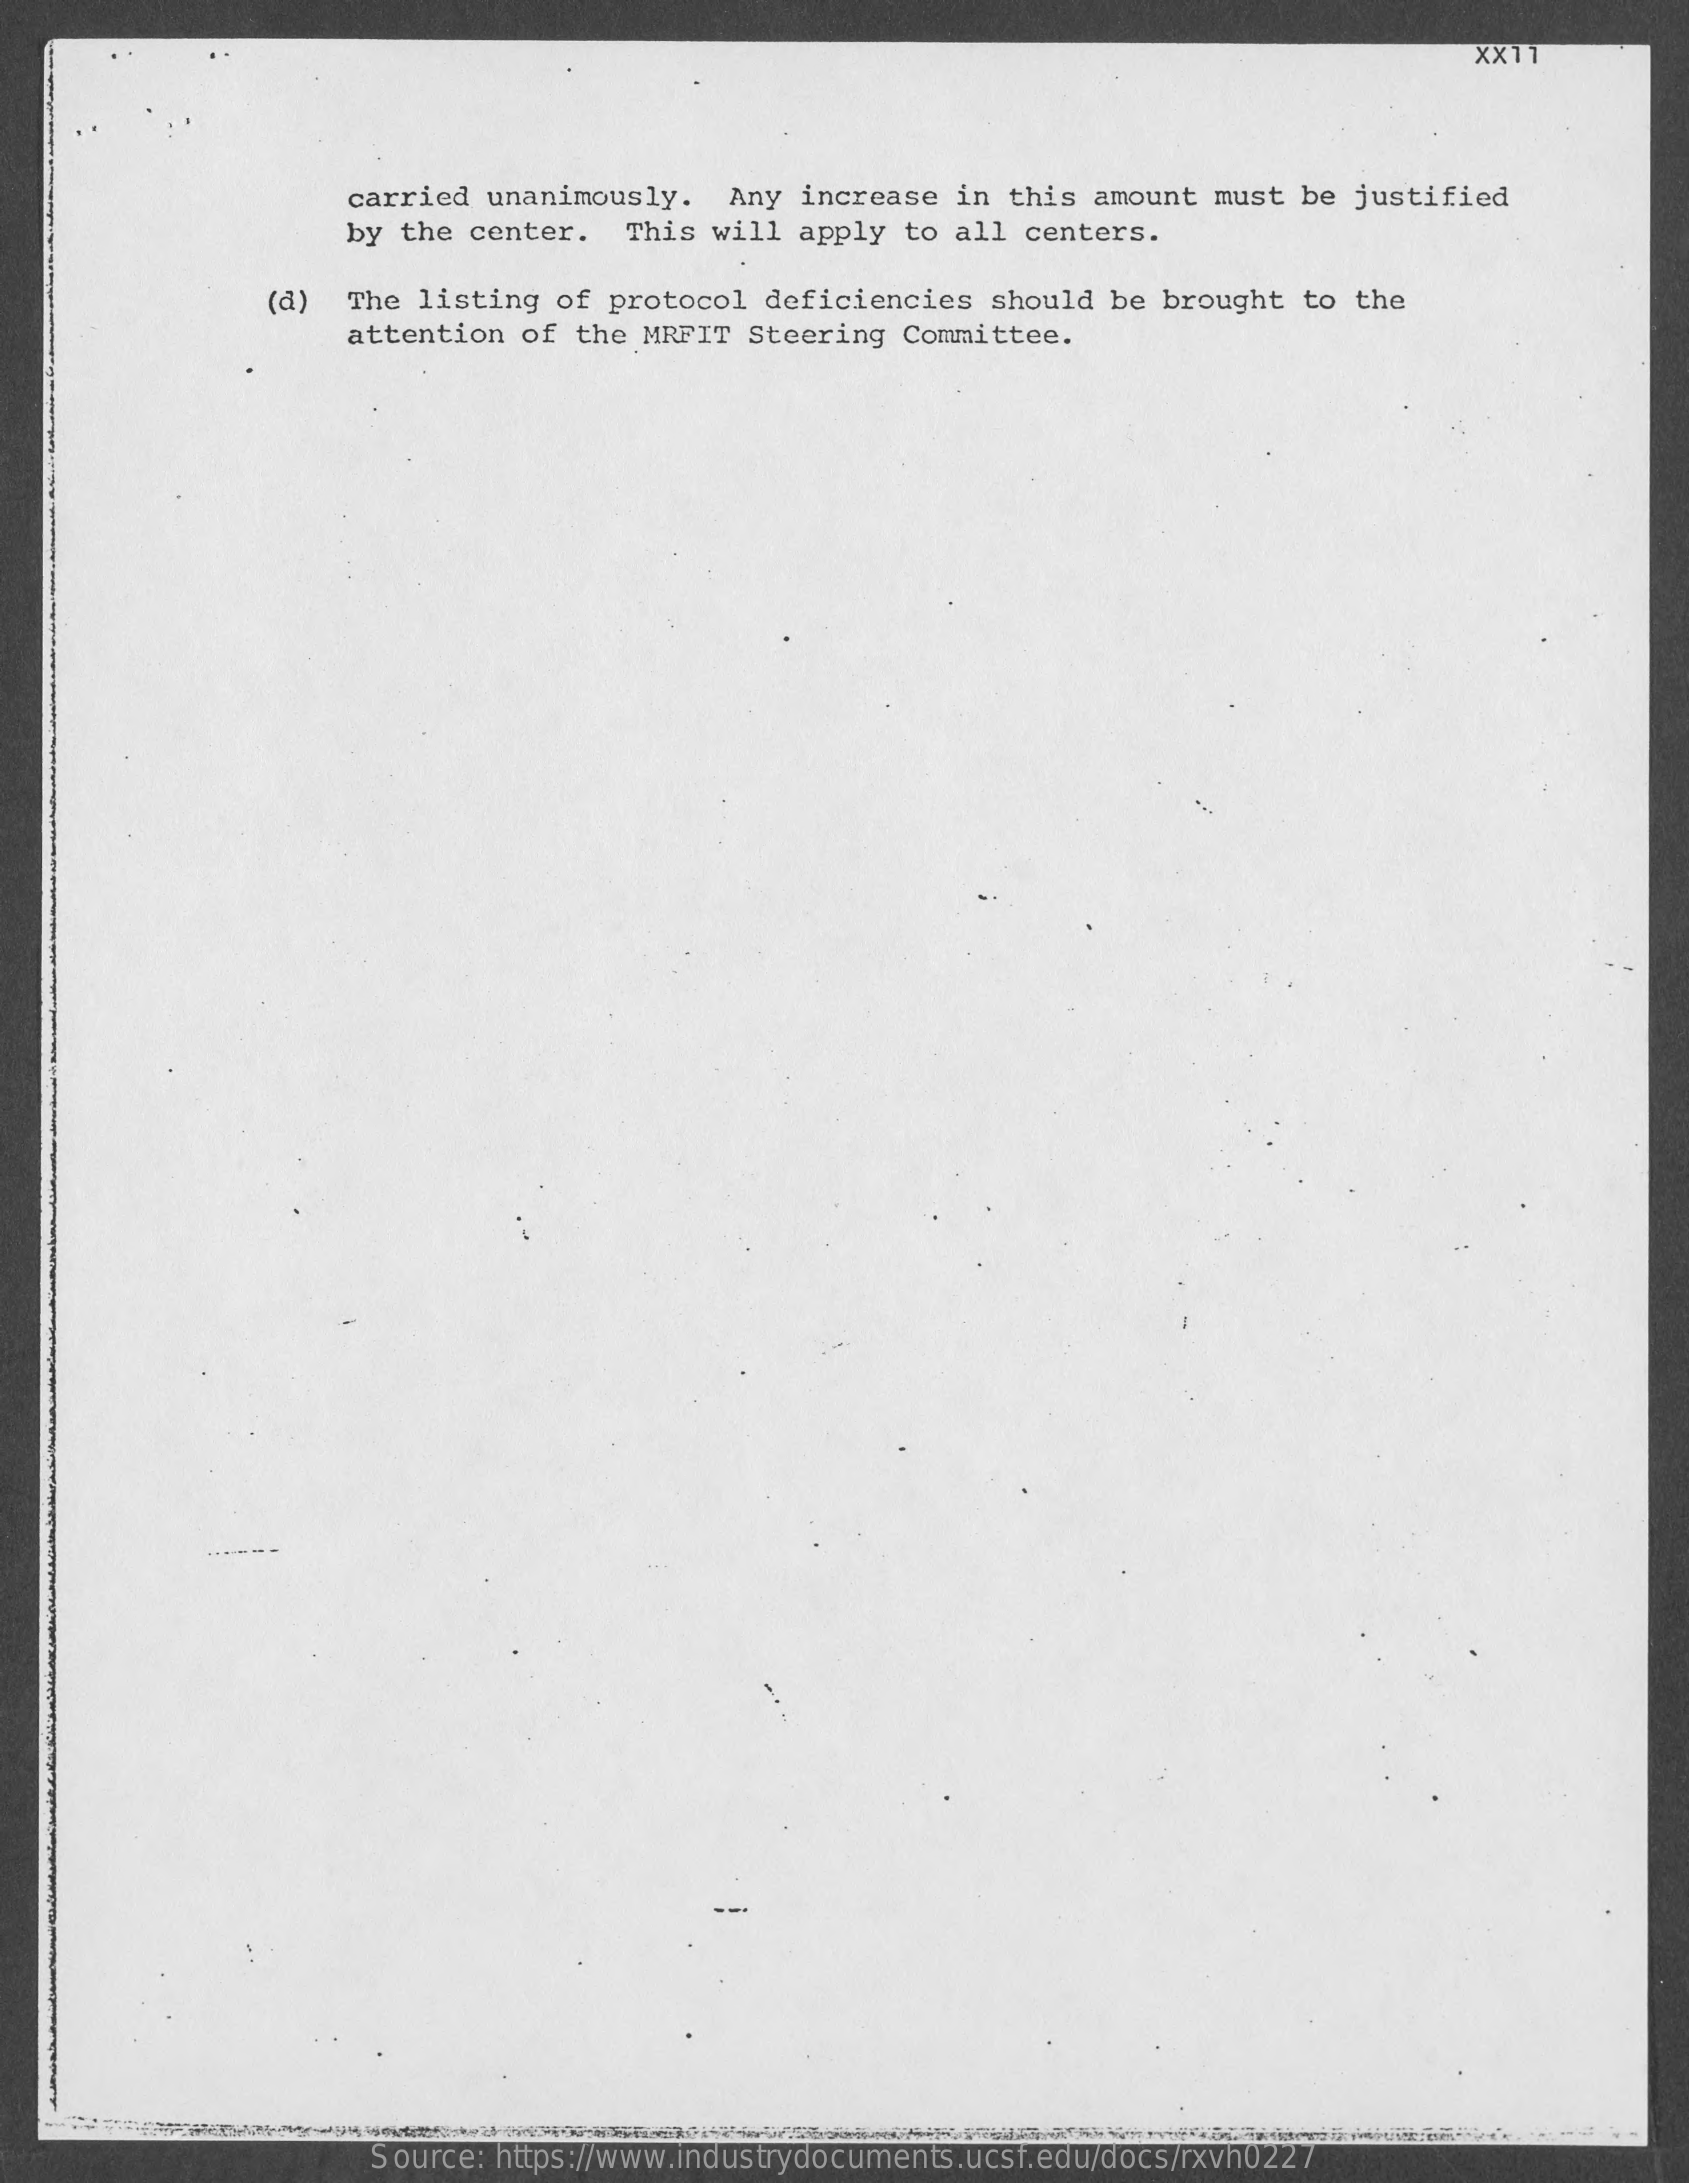
XX11
     carried unanimously.    Any increase  in this amount  must be  justified
     by the center.   This  will apply  to all centers.
     (a)  The listing  of protocol  deficiencies  should be  brought to  the
     attention  of the MRFIT  Steering Committee.
     Source: https://www.industrydocuments.ucsf.edu/docs/rxvh0227